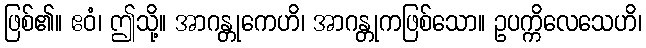
ဖြစ်၏။ ဧဝံ၊ ဤသို့။ အာဂန္တုကေဟိ၊ အာဂန္တုကဖြစ်သော။ ဥပက္ကိလေသေဟိ၊